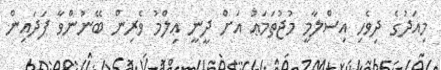
މިއަދުގެ ދިވެހި އިސްލާމީ މުޖުތަމަޢު އަށް ދީނީ ޢިލްމު ވެރިން ބޭނުންވާ ފަދައިން